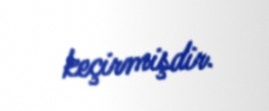
keçirmişdir.